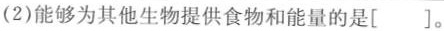
(2)能够为其他生物提供食物和能量的是[ ]。